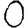
Digit: 0